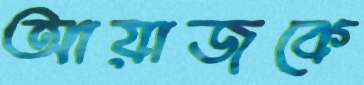
আয়াজকে